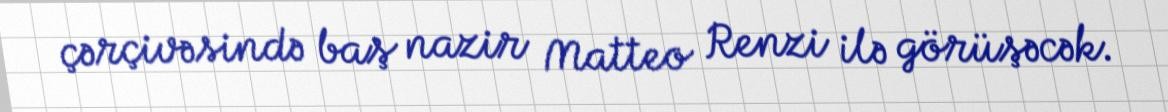
çərçivəsində baş nazir Matteo Renzi ilə görüşəcək.